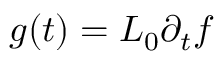
g ( t ) = L _ { 0 } \partial _ { t } f